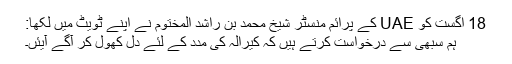
18 اگست کو UAE کے پرائم منسٹر شیخ محمد بن راشد المختوم نے اپنے ٹویٹ میں لکھا:
ہم سبھی سے درخواست کرتے ہیں کہ کیرالہ کی مدد کے لئے دل کھول کر آگے آیئں۔